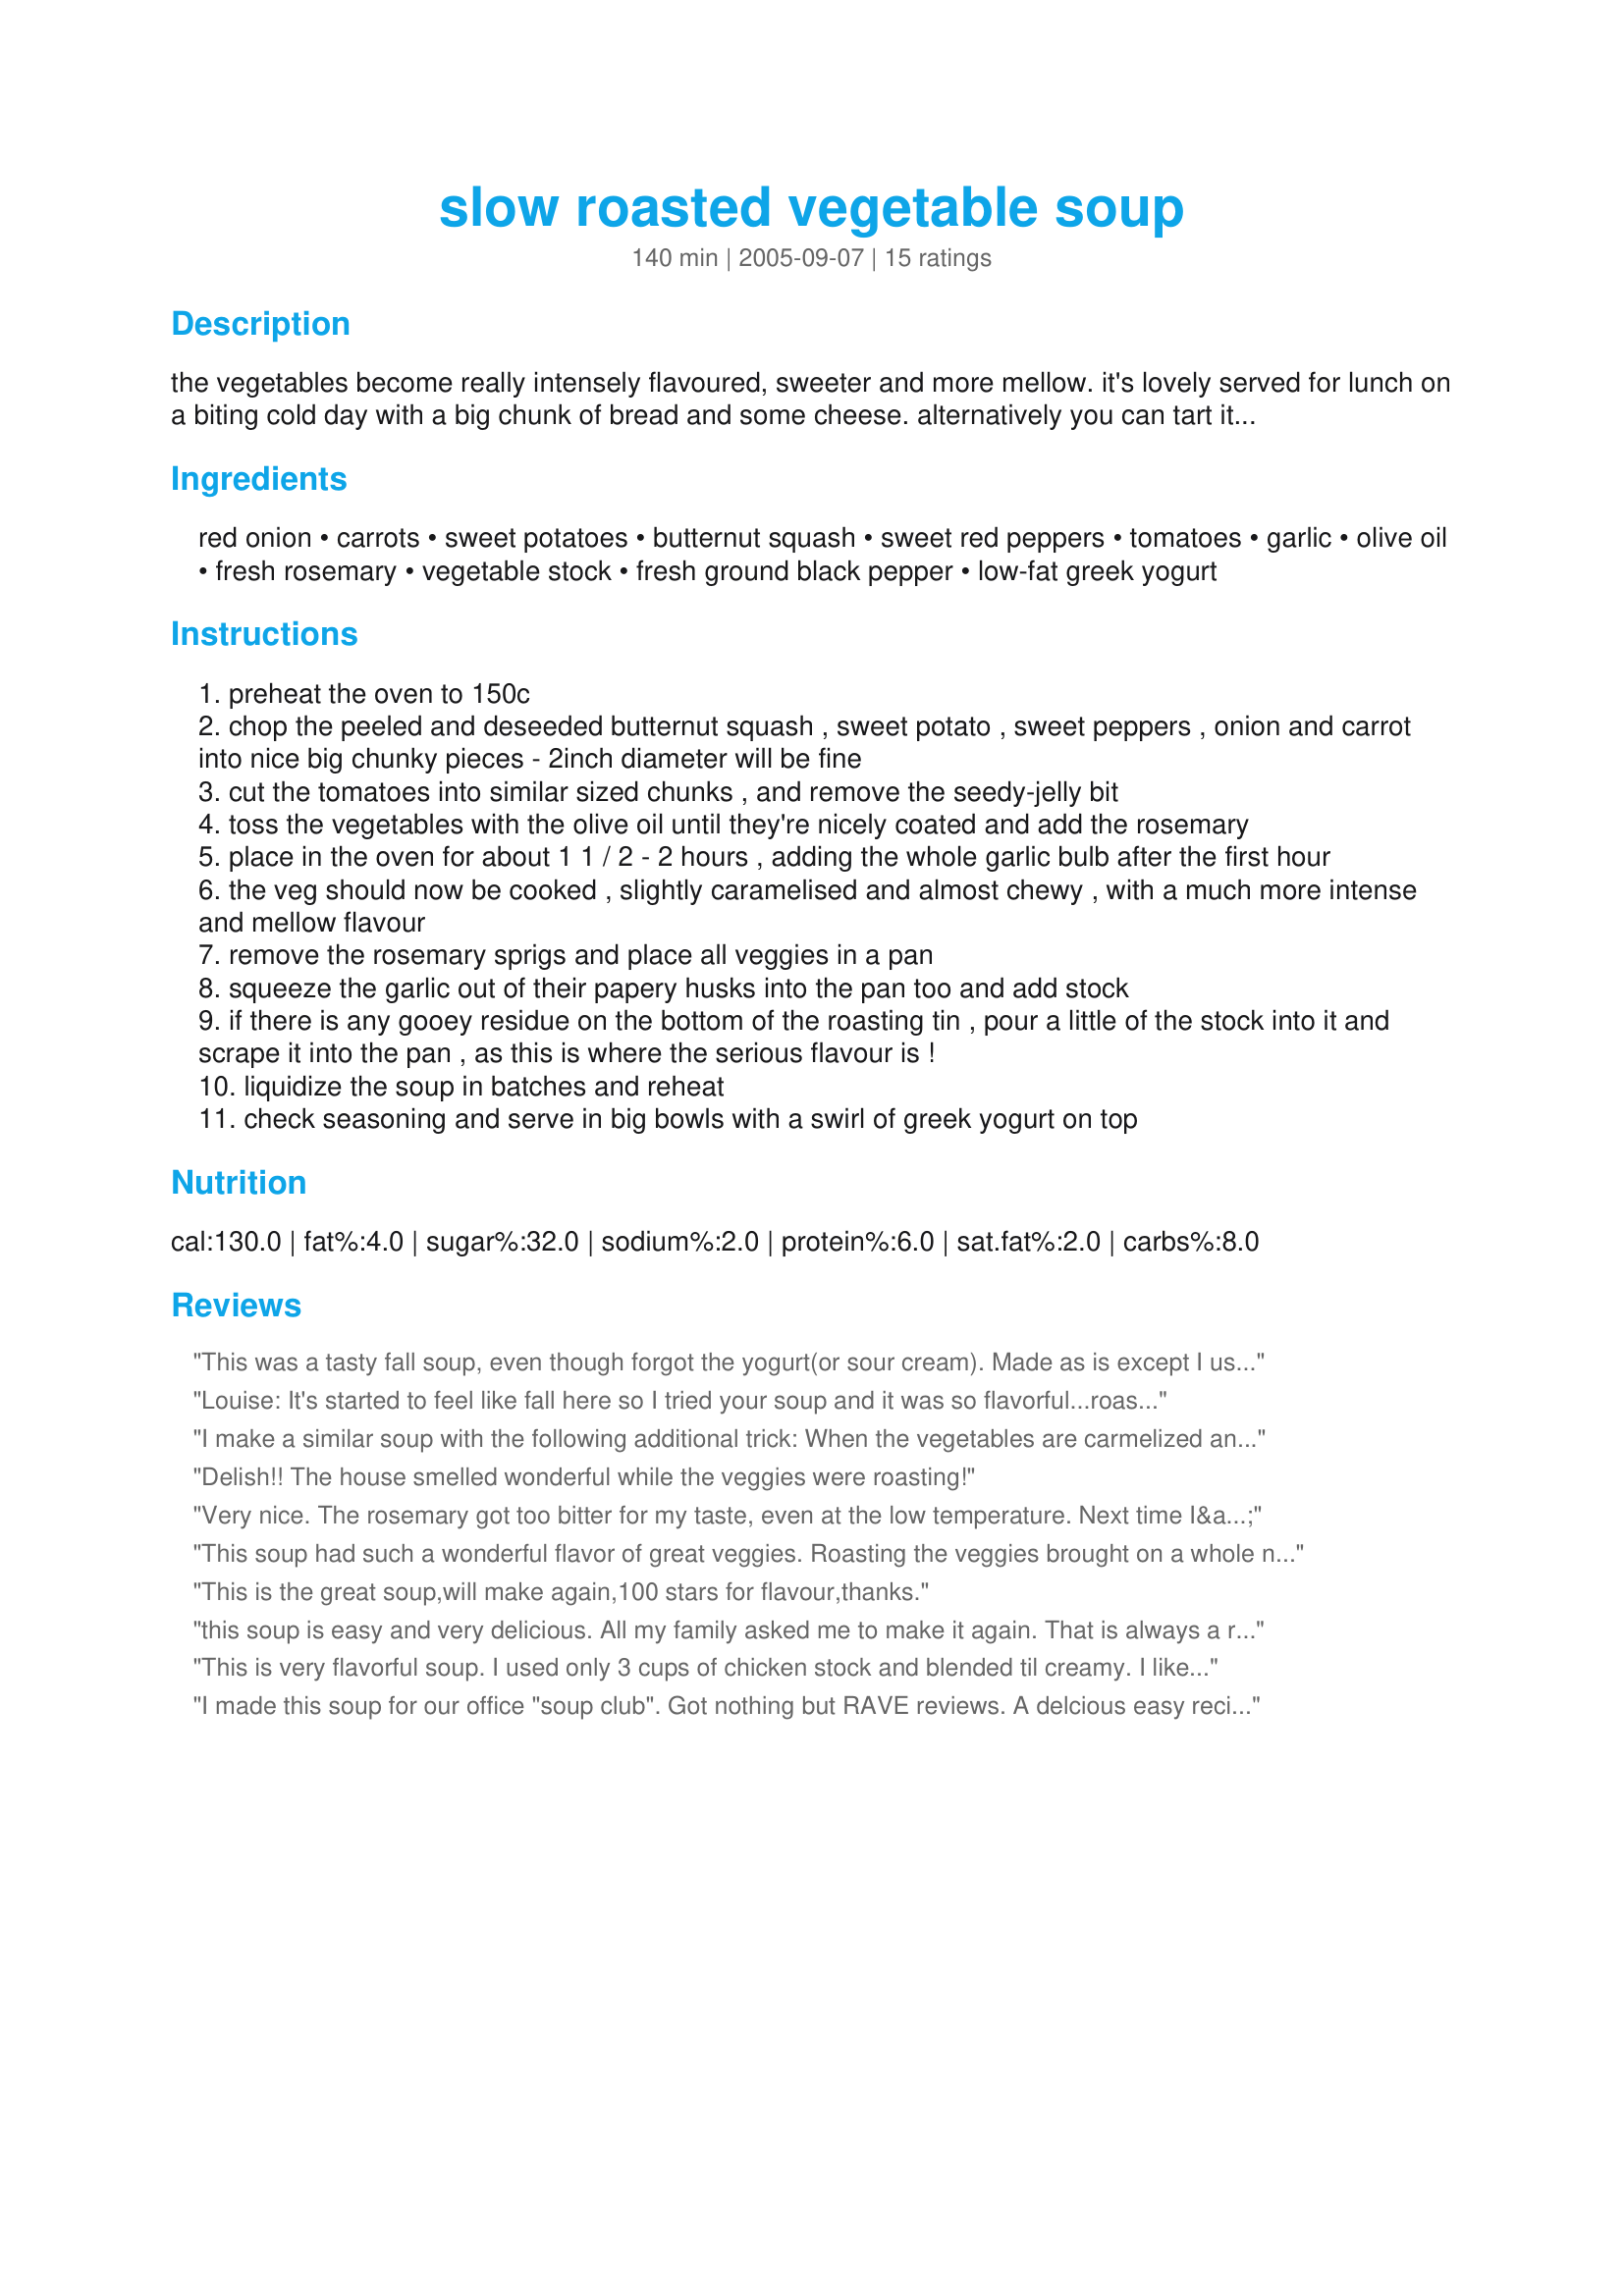
slow roasted vegetable soup
Preparation time: 140 minutes

the vegetables become really intensely flavoured, sweeter and more mellow. it's lovely served for lunch on a biting cold day with a big chunk of bread and some cheese. alternatively you can tart it up for a dinner party by topping it with crispy bacon pieces, some crumbled cheshire cheese or herby croutoms.

Ingredients:
red onion, carrots, sweet potatoes, butternut squash, sweet red peppers, tomatoes, garlic, olive oil, fresh rosemary, vegetable stock, fresh ground black pepper, low-fat greek yogurt

Steps:
preheat the oven to 150c
chop the peeled and deseeded butternut squash , sweet potato , sweet peppers , onion and carrot into nice big chunky pieces - 2inch diameter will be fine
cut the tomatoes into similar sized chunks , and remove the seedy-jelly bit
toss the vegetables with the olive oil until they're nicely coated and add the rosemary
place in the oven for about 1 1 / 2 - 2 hours , adding the whole garlic bulb after the first hour
the veg should now be cooked , slightly caramelised and almost chewy , with a much more intense and mellow flavour
remove the rosemary sprigs and place all veggies in a pan
squeeze the garlic out of their papery husks into the pan too and add stock
if there is any gooey residue on the bottom of the roasting tin , pour a little of the stock into it and scrape it into the pan , as this is where the serious flavour is !
liquidize the soup in batches and reheat
check seasoning and serve in big bowls with a swirl of greek yogurt on top

Reviews:
This was a tasty fall soup, even though forgot the yogurt(or sour cream). Made as is except I used homemade chicken stock. Will freeze the leftovers for later. Thanks for the recipe
Louise: It's started to feel like fall here so I tried your soup and it was so flavorful...roasting the veggies does wonders! I added zucchini and corn to the recipe. The consistency of the soup was a bit thick, more like baby food (see picture). Next time I think I'll cut in smaller pieces, puree only about a 1/4 of it and add the rest of the veggies. Thanks for sharing.
I make a similar soup with the following additional trick: When the vegetables are carmelized and done, I remove the pan from the oven and pour a quart of tomato juice into the pan. I then let the whole thing cool to room temperature and scrape the contents into a food processor for blitzing. No other stock or liquid needed. All the amazing carmelized bits are absorbed and people have been known to swoon when eating this soup!
Delish!! The house smelled wonderful while the veggies were roasting!
Very nice. The rosemary got too bitter for my taste, even at the low temperature. Next time I&#039;ll add some fresh herbs at the end, when I add the broth. This recipe is a nice starting point for other flavour combos using whatever veggies are in season.
This soup had such a wonderful flavor of great veggies. Roasting the veggies brought on a whole new taste...fantastic stuff. My soup did not turn out thick like another reviewers, mine was thin after I used my hand blender. So I threw in a big handful of some rice and simmered it for a bit. It actually was a great addition thickening it up a wee bit. Perhaps a bit more roasted veggies will thicken it the next time. When I served it I swirled in a bit of Greek yogurt and served it with half a sandwich...Scrumptious lunch. Just love soups for lunch. Thanks for sharing your recipe SugaredAlmond.
This is the great soup,will make again,100 stars for flavour,thanks.
this soup is easy and very delicious. All my family asked me to make it again. That is always a ringing endorsement.
This is very flavorful soup. I used only 3 cups of chicken stock and blended til creamy. I like the soup a little thick. Topped it off with bacon bits. Will make often....good diet food!!
I made this soup for our office "soup club". Got nothing but RAVE reviews. A delcious easy recipe to follow. I doubled the recipe for my luncheon and added an extra head of roasted garlic as mine were small. It has such an amazing texture, color and flavor. Definitely a keeper. The yogurt at the end is a nice addition. AMAZING!!!
This recipe is the reason I like fall/winter cooking. Sorry, used yams for sweet potaoes (it's an ongoing battle with some folks here at Zaar. ;)) Next time I'll try your suggestion of crumbled bacon bits and cheese on top. Roasting really brings out the best flavor of root veggies! Thanks for posting! cg
Very good soup that&#039;s chock full of flavour. I love the roasting aspect as it brings out the sweetness of the pumpkin and red pepper. Crispy bacon bits are a great topping prior to serving.
Absolutely delicious! Made as directed other than used 4 enormous sprigs of fresh rosemary just 'cause I had them on hand. Definitely a keeper for my household. Also, incredibly easy to make - thank you.
Honestly, so good. I also got confused regarding the temperature, and roasted them too low for an hour but that didn't seem to hurt them any.
Just in case other cooks aren't paying attention - 150 degrees Celsius is about 300 degrees Fahrenheit. I roasted my vegetables for an hour at the wrong temperature before realizing and starting over at the right temperature. Very good if you pay attention!
